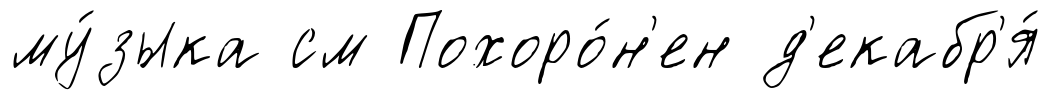
му́зыка см Похоро́н'ен д'екабр'я́